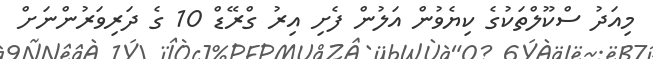
މިއަދު ސްކޫލްތަކުގެ ކިޔެވުން އަލުން ފެށި އިރު ގްރޭޑް 10 ގެ ދަރިވަރުންނަށް